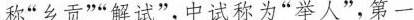
称”乡贡””解试”，中试称为”举人”，第一